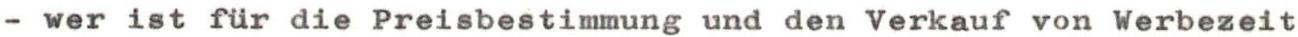
- wer ist für die Preisbestimmung und den Verkauf von Werbezeit